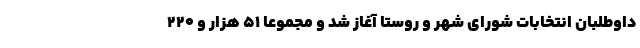
داوطلبان انتخابات شورای شهر و روستا آغاز شد و مجموعا ۵۱ هزار و ۲۲۰